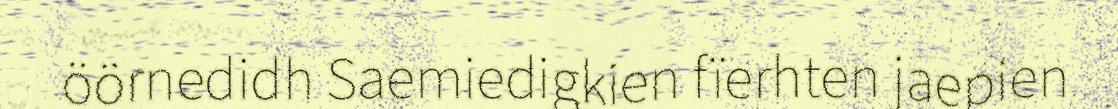
öörnedidh Saemiedigkien fïerhten jaepien